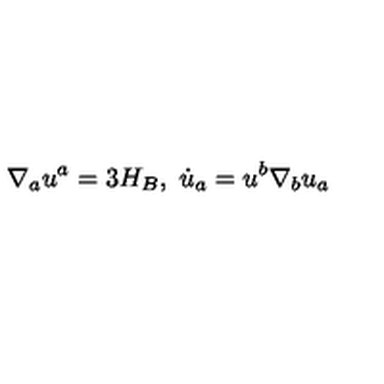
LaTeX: \nabla _ { a } u ^ { a } = 3 H _ { B } , \ \dot { u } _ { a } = u ^ { b } \nabla _ { b } u _ { a }